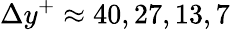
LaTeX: \Delta y^{+}\approx 40,27,13,7